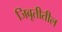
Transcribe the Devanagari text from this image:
जिबूतीतील